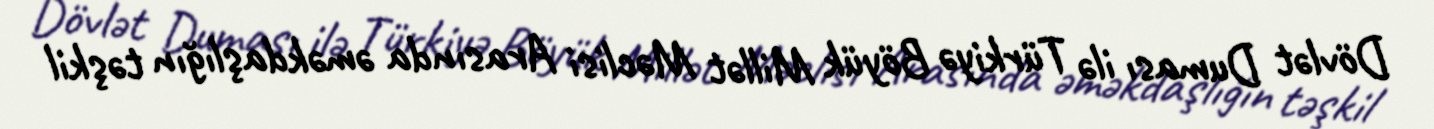
Dövlət Duması ilə Türkiyə Böyük Millət Məclisi Arasında əməkdaşlığın təşkil